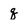
Character: q